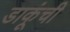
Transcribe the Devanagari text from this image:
डाकूंची